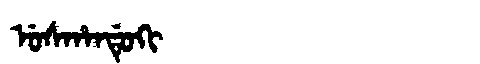
Manchu: ᡠᠰᡥᠠᠨᡩᡠᡴᡳ
Romanization: USHANDUKI